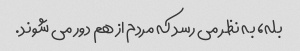
بله، به نظر می رسد که مردم از هم دور می شوند.